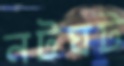
নটঘট